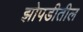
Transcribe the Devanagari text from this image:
झोपडीतील